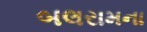
બલરામના